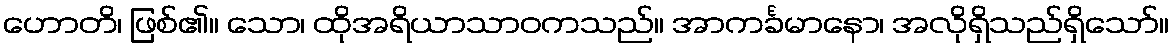
ဟောတိ၊ ဖြစ်၏။ သော၊ ထိုအရိယာသာဝကသည်။ အာကင်္ခမာနော၊ အလိုရှိသည်ရှိသော်။